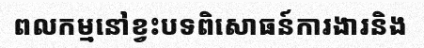
ពលកម្មនៅខ្វះបទពិសោធន៍ការងារនិង